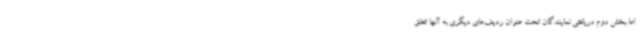
اما بخش دوم دریافتی نمایندگان تحت عنوان ردیف‌های دیگری به آنها تعلق